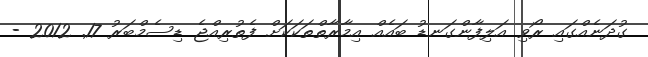
ގުދަނެއްގައި ރޯވި އަލިފާންގަނޑު ބައެއް އިމާރާތްތަކަކަށް ފެތުރިއްޖެ ޑިސެމްބަރު 17